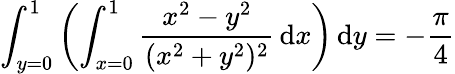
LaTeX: \int_{y=0}^{1}\left(\int_{x=0}^{1}{\frac{x^{2}-y^{2}}{(x^{2}+y^{2})^{2}}}\, {\mathrm{d}}x\right)\, {\mathrm{d}}y=-{\frac{\pi}{4}}